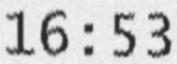
16:53